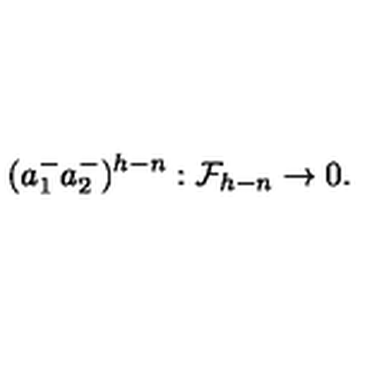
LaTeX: ( a _ { 1 } ^ { - } a _ { 2 } ^ { - } ) ^ { h - n } : { \cal F } _ { h - n } \rightarrow 0 .